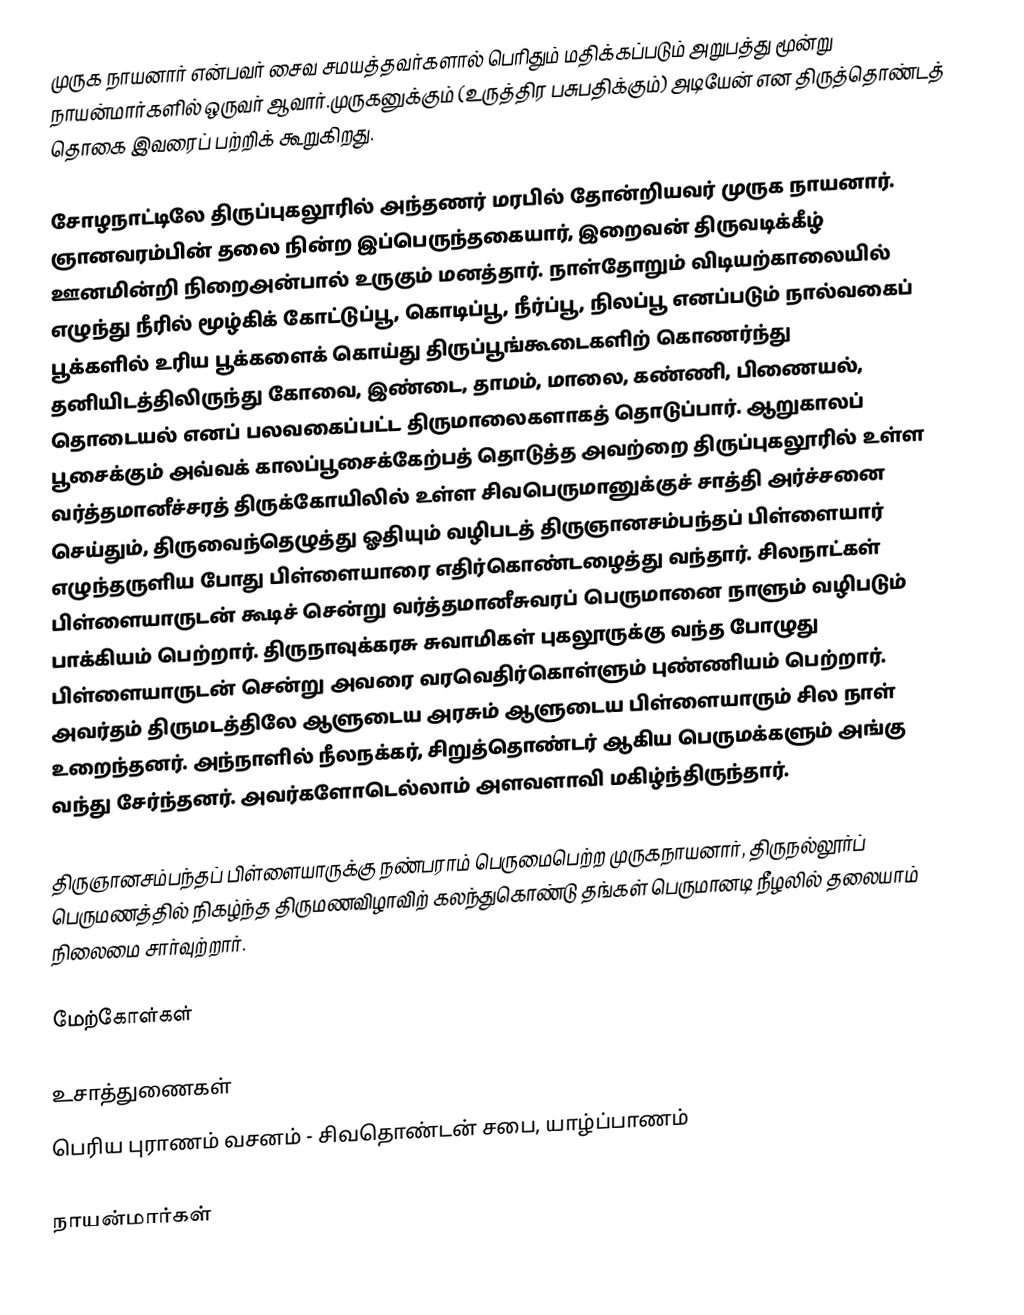
முருக நாயனார் என்பவர் சைவ சமயத்தவர்களால் பெரிதும் மதிக்கப்படும் அறுபத்து மூன்று நாயன்மார்களில் ஒருவர் ஆவார்.முருகனுக்கும் (உருத்திர பசுபதிக்கும்) அடியேன் என திருத்தொண்டத் தொகை இவரைப் பற்றிக் கூறுகிறது.

சோழநாட்டிலே திருப்புகலூரில் அந்தணர் மரபில் தோன்றியவர் முருக நாயனார். ஞானவரம்பின் தலை நின்ற இப்பெருந்தகையார், இறைவன் திருவடிக்கீழ் ஊனமின்றி நிறைஅன்பால் உருகும் மனத்தார். நாள்தோறும் விடியற்காலையில் எழுந்து நீரில் மூழ்கிக் கோட்டுப்பூ, கொடிப்பூ, நீர்ப்பூ, நிலப்பூ எனப்படும் நால்வகைப் பூக்களில் உரிய பூக்களைக் கொய்து திருப்பூங்கூடைகளிற் கொணர்ந்து தனியிடத்திலிருந்து கோவை, இண்டை, தாமம், மாலை, கண்ணி, பிணையல், தொடையல் எனப் பலவகைப்பட்ட திருமாலைகளாகத் தொடுப்பார். ஆறுகாலப் பூசைக்கும் அவ்வக் காலப்பூசைக்கேற்பத் தொடுத்த அவற்றை திருப்புகலூரில் உள்ள வர்த்தமானீச்சரத் திருக்கோயிலில் உள்ள சிவபெருமானுக்குச் சாத்தி அர்ச்சனை செய்தும், திருவைந்தெழுத்து ஓதியும் வழிபடத் திருஞானசம்பந்தப் பிள்ளையார் எழுந்தருளிய போது பிள்ளையாரை எதிர்கொண்டழைத்து வந்தார். சிலநாட்கள் பிள்ளையாருடன் கூடிச் சென்று வர்த்தமானீசுவரப் பெருமானை நாளும் வழிபடும் பாக்கியம் பெற்றார். திருநாவுக்கரசு சுவாமிகள் புகலூருக்கு வந்த போழுது பிள்ளையாருடன் சென்று அவரை வரவெதிர்கொள்ளும் புண்ணியம் பெற்றார். அவர்தம் திருமடத்திலே ஆளுடைய அரசும் ஆளுடைய பிள்ளையாரும் சில நாள் உறைந்தனர். அந்நாளில் நீலநக்கர், சிறுத்தொண்டர் ஆகிய பெருமக்களும் அங்கு வந்து சேர்ந்தனர். அவர்களோடெல்லாம் அளவளாவி மகிழ்ந்திருந்தார்.

திருஞானசம்பந்தப் பிள்ளையாருக்கு நண்பராம் பெருமைபெற்ற முருகநாயனார், திருநல்லூர்ப் பெருமணத்தில் நிகழ்ந்த திருமணவிழாவிற் கலந்துகொண்டு தங்கள் பெருமானடி நீழலில் தலையாம் நிலைமை சார்வுற்றார்.

மேற்கோள்கள்

உசாத்துணைகள்
பெரிய புராணம் வசனம் - சிவதொண்டன் சபை, யாழ்ப்பாணம்

நாயன்மார்கள்